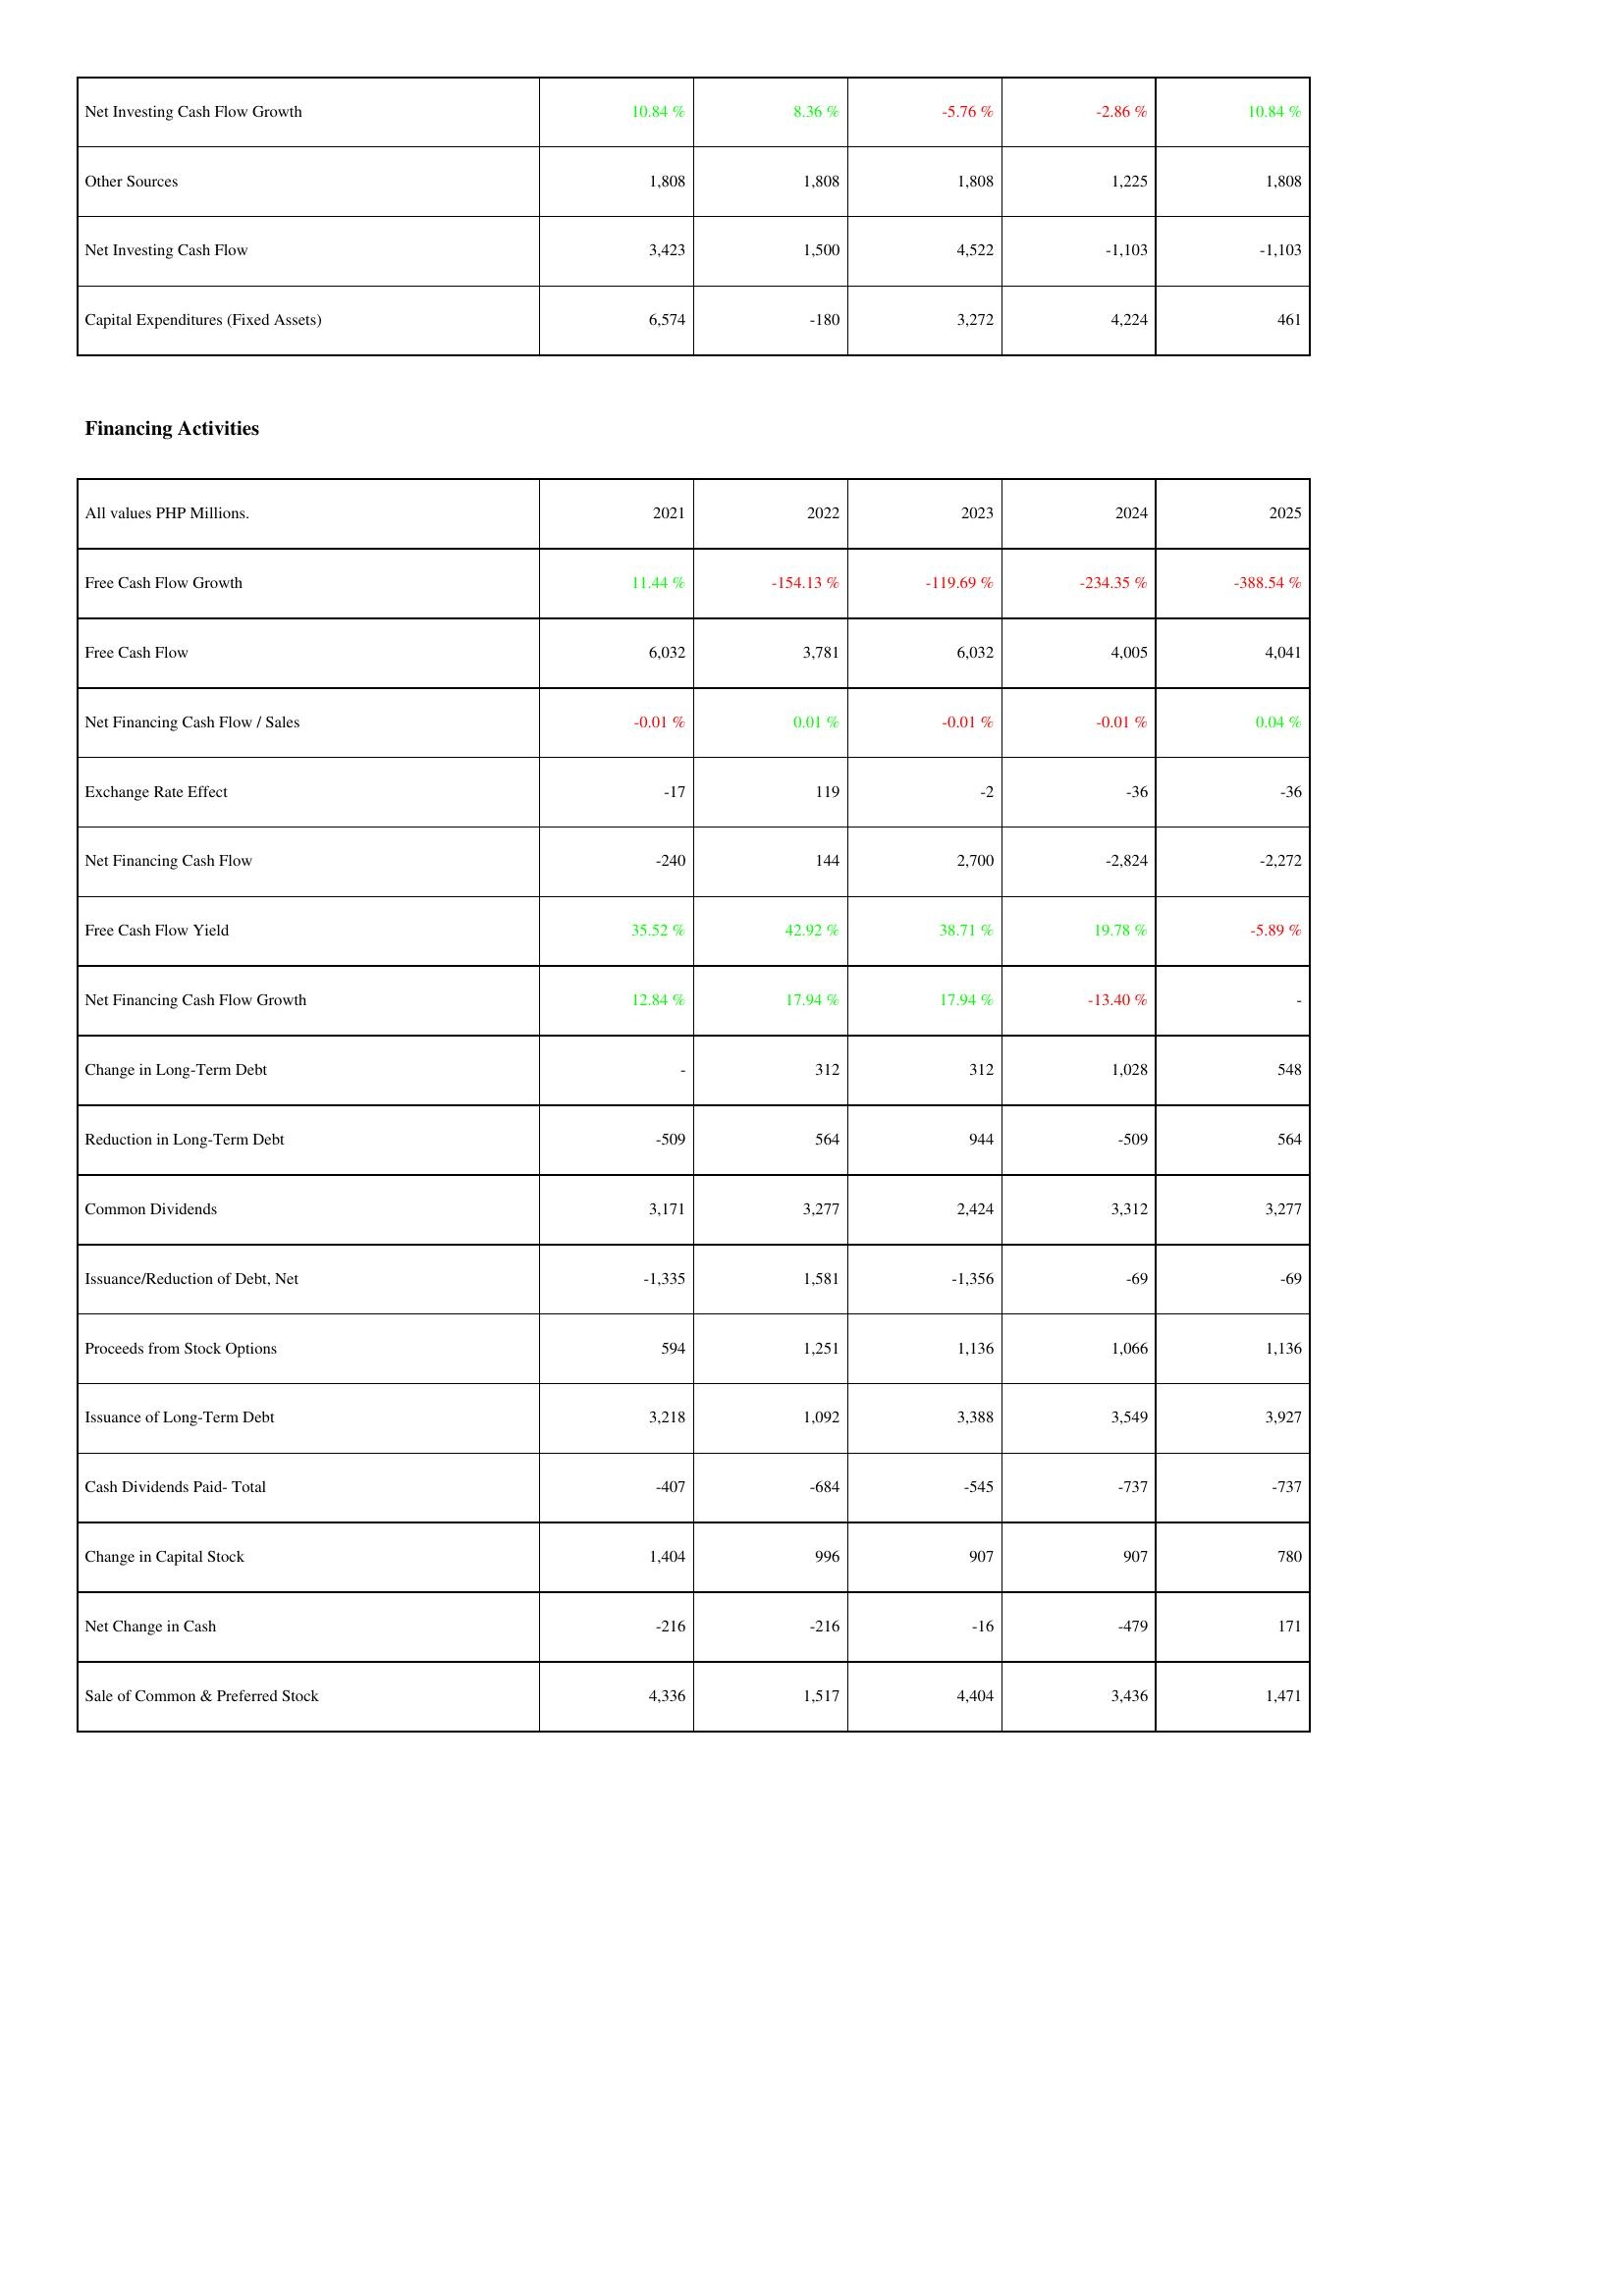
2021: Investing Activities: Net Investing Cash Flow Growth: 10.84 %
Other Sources: 1,808
Net Investing Cash Flow: 3,423
Capital Expenditures (Fixed Assets): 6,574
Financing Activities: Free Cash Flow Growth: 11.44 %
Free Cash Flow: 6,032
Net Financing Cash Flow / Sales: -0.01 %
Exchange Rate Effect: -17
Net Financing Cash Flow: -240
Free Cash Flow Yield: 35.52 %
Net Financing Cash Flow Growth: 12.84 %
Change in Long-Term Debt: -
Reduction in Long-Term Debt: -509
Common Dividends: 3,171
Issuance/Reduction of Debt, Net: -1,335
Proceeds from Stock Options: 594
Issuance of Long-Term Debt: 3,218
Cash Dividends Paid- Total: -407
Change in Capital Stock: 1,404
Net Change in Cash: -216
Sale of Common & Preferred Stock: 4,336
2022: Investing Activities: Net Investing Cash Flow Growth: 8.36 %
Other Sources: 1,808
Net Investing Cash Flow: 1,500
Capital Expenditures (Fixed Assets): -180
Financing Activities: Free Cash Flow Growth: -154.13 %
Free Cash Flow: 3,781
Net Financing Cash Flow / Sales: 0.01 %
Exchange Rate Effect: 119
Net Financing Cash Flow: 144
Free Cash Flow Yield: 42.92 %
Net Financing Cash Flow Growth: 17.94 %
Change in Long-Term Debt: 312
Reduction in Long-Term Debt: 564
Common Dividends: 3,277
Issuance/Reduction of Debt, Net: 1,581
Proceeds from Stock Options: 1,251
Issuance of Long-Term Debt: 1,092
Cash Dividends Paid- Total: -684
Change in Capital Stock: 996
Net Change in Cash: -216
Sale of Common & Preferred Stock: 1,517
2023: Investing Activities: Net Investing Cash Flow Growth: -5.76 %
Other Sources: 1,808
Net Investing Cash Flow: 4,522
Capital Expenditures (Fixed Assets): 3,272
Financing Activities: Free Cash Flow Growth: -119.69 %
Free Cash Flow: 6,032
Net Financing Cash Flow / Sales: -0.01 %
Exchange Rate Effect: -2
Net Financing Cash Flow: 2,700
Free Cash Flow Yield: 38.71 %
Net Financing Cash Flow Growth: 17.94 %
Change in Long-Term Debt: 312
Reduction in Long-Term Debt: 944
Common Dividends: 2,424
Issuance/Reduction of Debt, Net: -1,356
Proceeds from Stock Options: 1,136
Issuance of Long-Term Debt: 3,388
Cash Dividends Paid- Total: -545
Change in Capital Stock: 907
Net Change in Cash: -16
Sale of Common & Preferred Stock: 4,404
2024: Investing Activities: Net Investing Cash Flow Growth: -2.86 %
Other Sources: 1,225
Net Investing Cash Flow: -1,103
Capital Expenditures (Fixed Assets): 4,224
Financing Activities: Free Cash Flow Growth: -234.35 %
Free Cash Flow: 4,005
Net Financing Cash Flow / Sales: -0.01 %
Exchange Rate Effect: -36
Net Financing Cash Flow: -2,824
Free Cash Flow Yield: 19.78 %
Net Financing Cash Flow Growth: -13.40 %
Change in Long-Term Debt: 1,028
Reduction in Long-Term Debt: -509
Common Dividends: 3,312
Issuance/Reduction of Debt, Net: -69
Proceeds from Stock Options: 1,066
Issuance of Long-Term Debt: 3,549
Cash Dividends Paid- Total: -737
Change in Capital Stock: 907
Net Change in Cash: -479
Sale of Common & Preferred Stock: 3,436
2025: Investing Activities: Net Investing Cash Flow Growth: 10.84 %
Other Sources: 1,808
Net Investing Cash Flow: -1,103
Capital Expenditures (Fixed Assets): 461
Financing Activities: Free Cash Flow Growth: -388.54 %
Free Cash Flow: 4,041
Net Financing Cash Flow / Sales: 0.04 %
Exchange Rate Effect: -36
Net Financing Cash Flow: -2,272
Free Cash Flow Yield: -5.89 %
Net Financing Cash Flow Growth: -
Change in Long-Term Debt: 548
Reduction in Long-Term Debt: 564
Common Dividends: 3,277
Issuance/Reduction of Debt, Net: -69
Proceeds from Stock Options: 1,136
Issuance of Long-Term Debt: 3,927
Cash Dividends Paid- Total: -737
Change in Capital Stock: 780
Net Change in Cash: 171
Sale of Common & Preferred Stock: 1,471